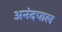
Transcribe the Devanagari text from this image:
अनंदपाल